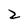
Character: 2